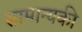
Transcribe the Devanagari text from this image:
सामान्यकी